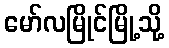
မော်လမြိုင်မြို့သို့